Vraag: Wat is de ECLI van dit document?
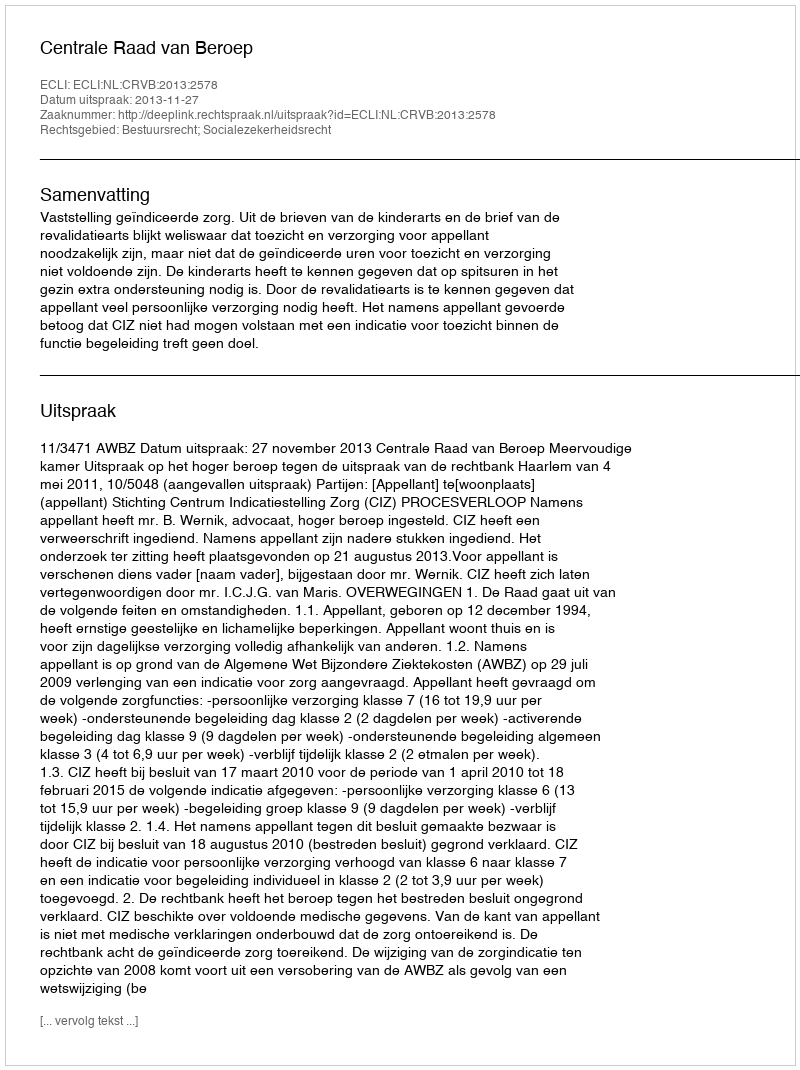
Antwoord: ECLI:NL:CRVB:2013:2578